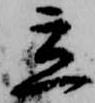
立